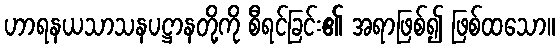
ဟာရနယသာသနပဋ္ဌာနတို့ကို စီရင်ခြင်း၏ အရာဖြစ်၍ ဖြစ်ထသော။